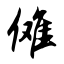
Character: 傩